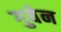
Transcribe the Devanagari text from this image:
गुवेन